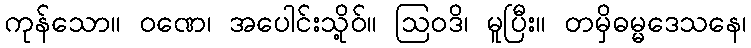
ကုန်သော။ ဝဏေ၊ အပေါင်းသို့ဝ်။ ဩဝဒိ၊ မူပြီး။ တမှိဓမ္မဒေသနေ၊